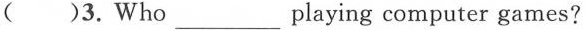
( )3. Who___playing computer games?